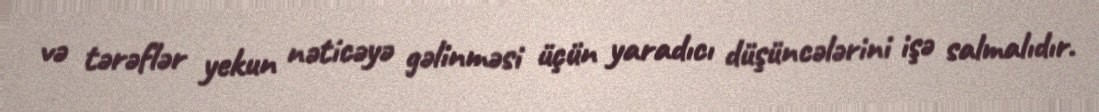
və tərəflər yekun nəticəyə gəlinməsi üçün yaradıcı düşüncələrini işə salmalıdır.